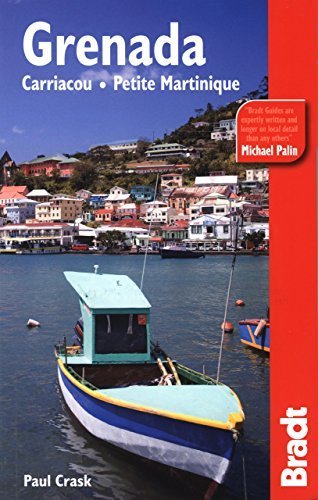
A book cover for Grenada, Carriacou & Petite Martinique (Bradt Travel Guide Grenada, Carriacou & Petite Martinique) by Crask, Paul (2009) Paperback; Paul Crask; Travel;